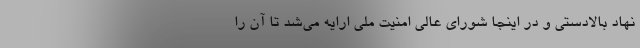
نهاد بالادستی و در اینجا شورای عالی امنیت ملی ارایه می‌شد تا آن را